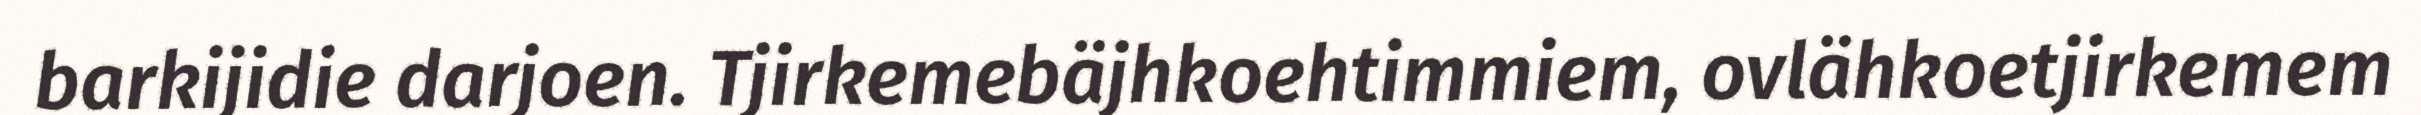
barkijidie darjoen. Tjirkemebäjhkoehtimmiem, ovlähkoetjirkemem